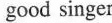
good singer.